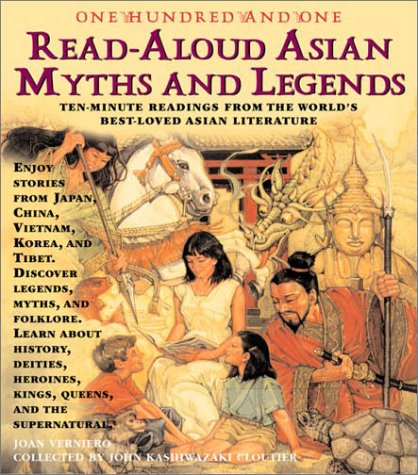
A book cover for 101 Read-Aloud Asian Myths and Legends; Joan C. Verniero M.S.Ed; Children's Books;